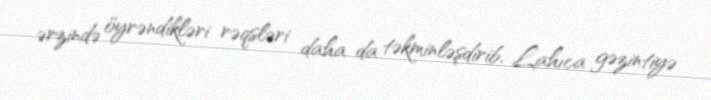
ərzində öyrəndikləri rəqsləri daha da təkminləşdirib, Lahıca gəzintiyə